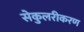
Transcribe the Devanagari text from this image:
सेकुलरीकरण